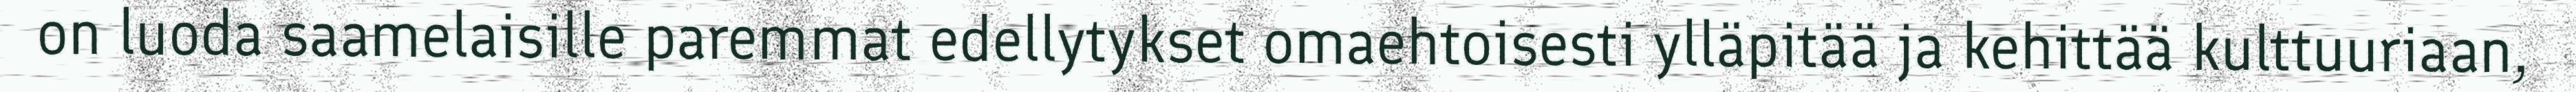
on luoda saamelaisille paremmat edellytykset omaehtoisesti ylläpitää ja kehittää kulttuuriaan,